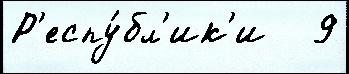
Р'еспу́бл'ик'и   9